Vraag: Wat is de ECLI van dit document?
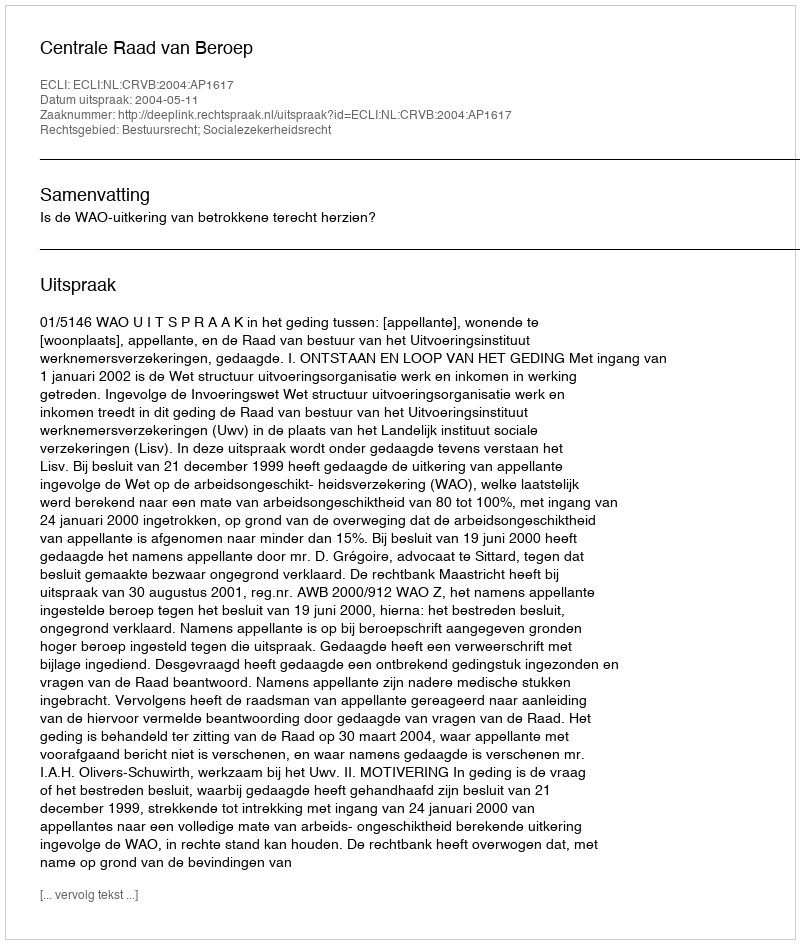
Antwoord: ECLI:NL:CRVB:2004:AP1617